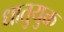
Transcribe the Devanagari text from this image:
धातुयुक्त